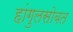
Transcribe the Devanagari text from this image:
हांगुलसोबत